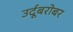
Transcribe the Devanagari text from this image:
उर्दूबरोबर